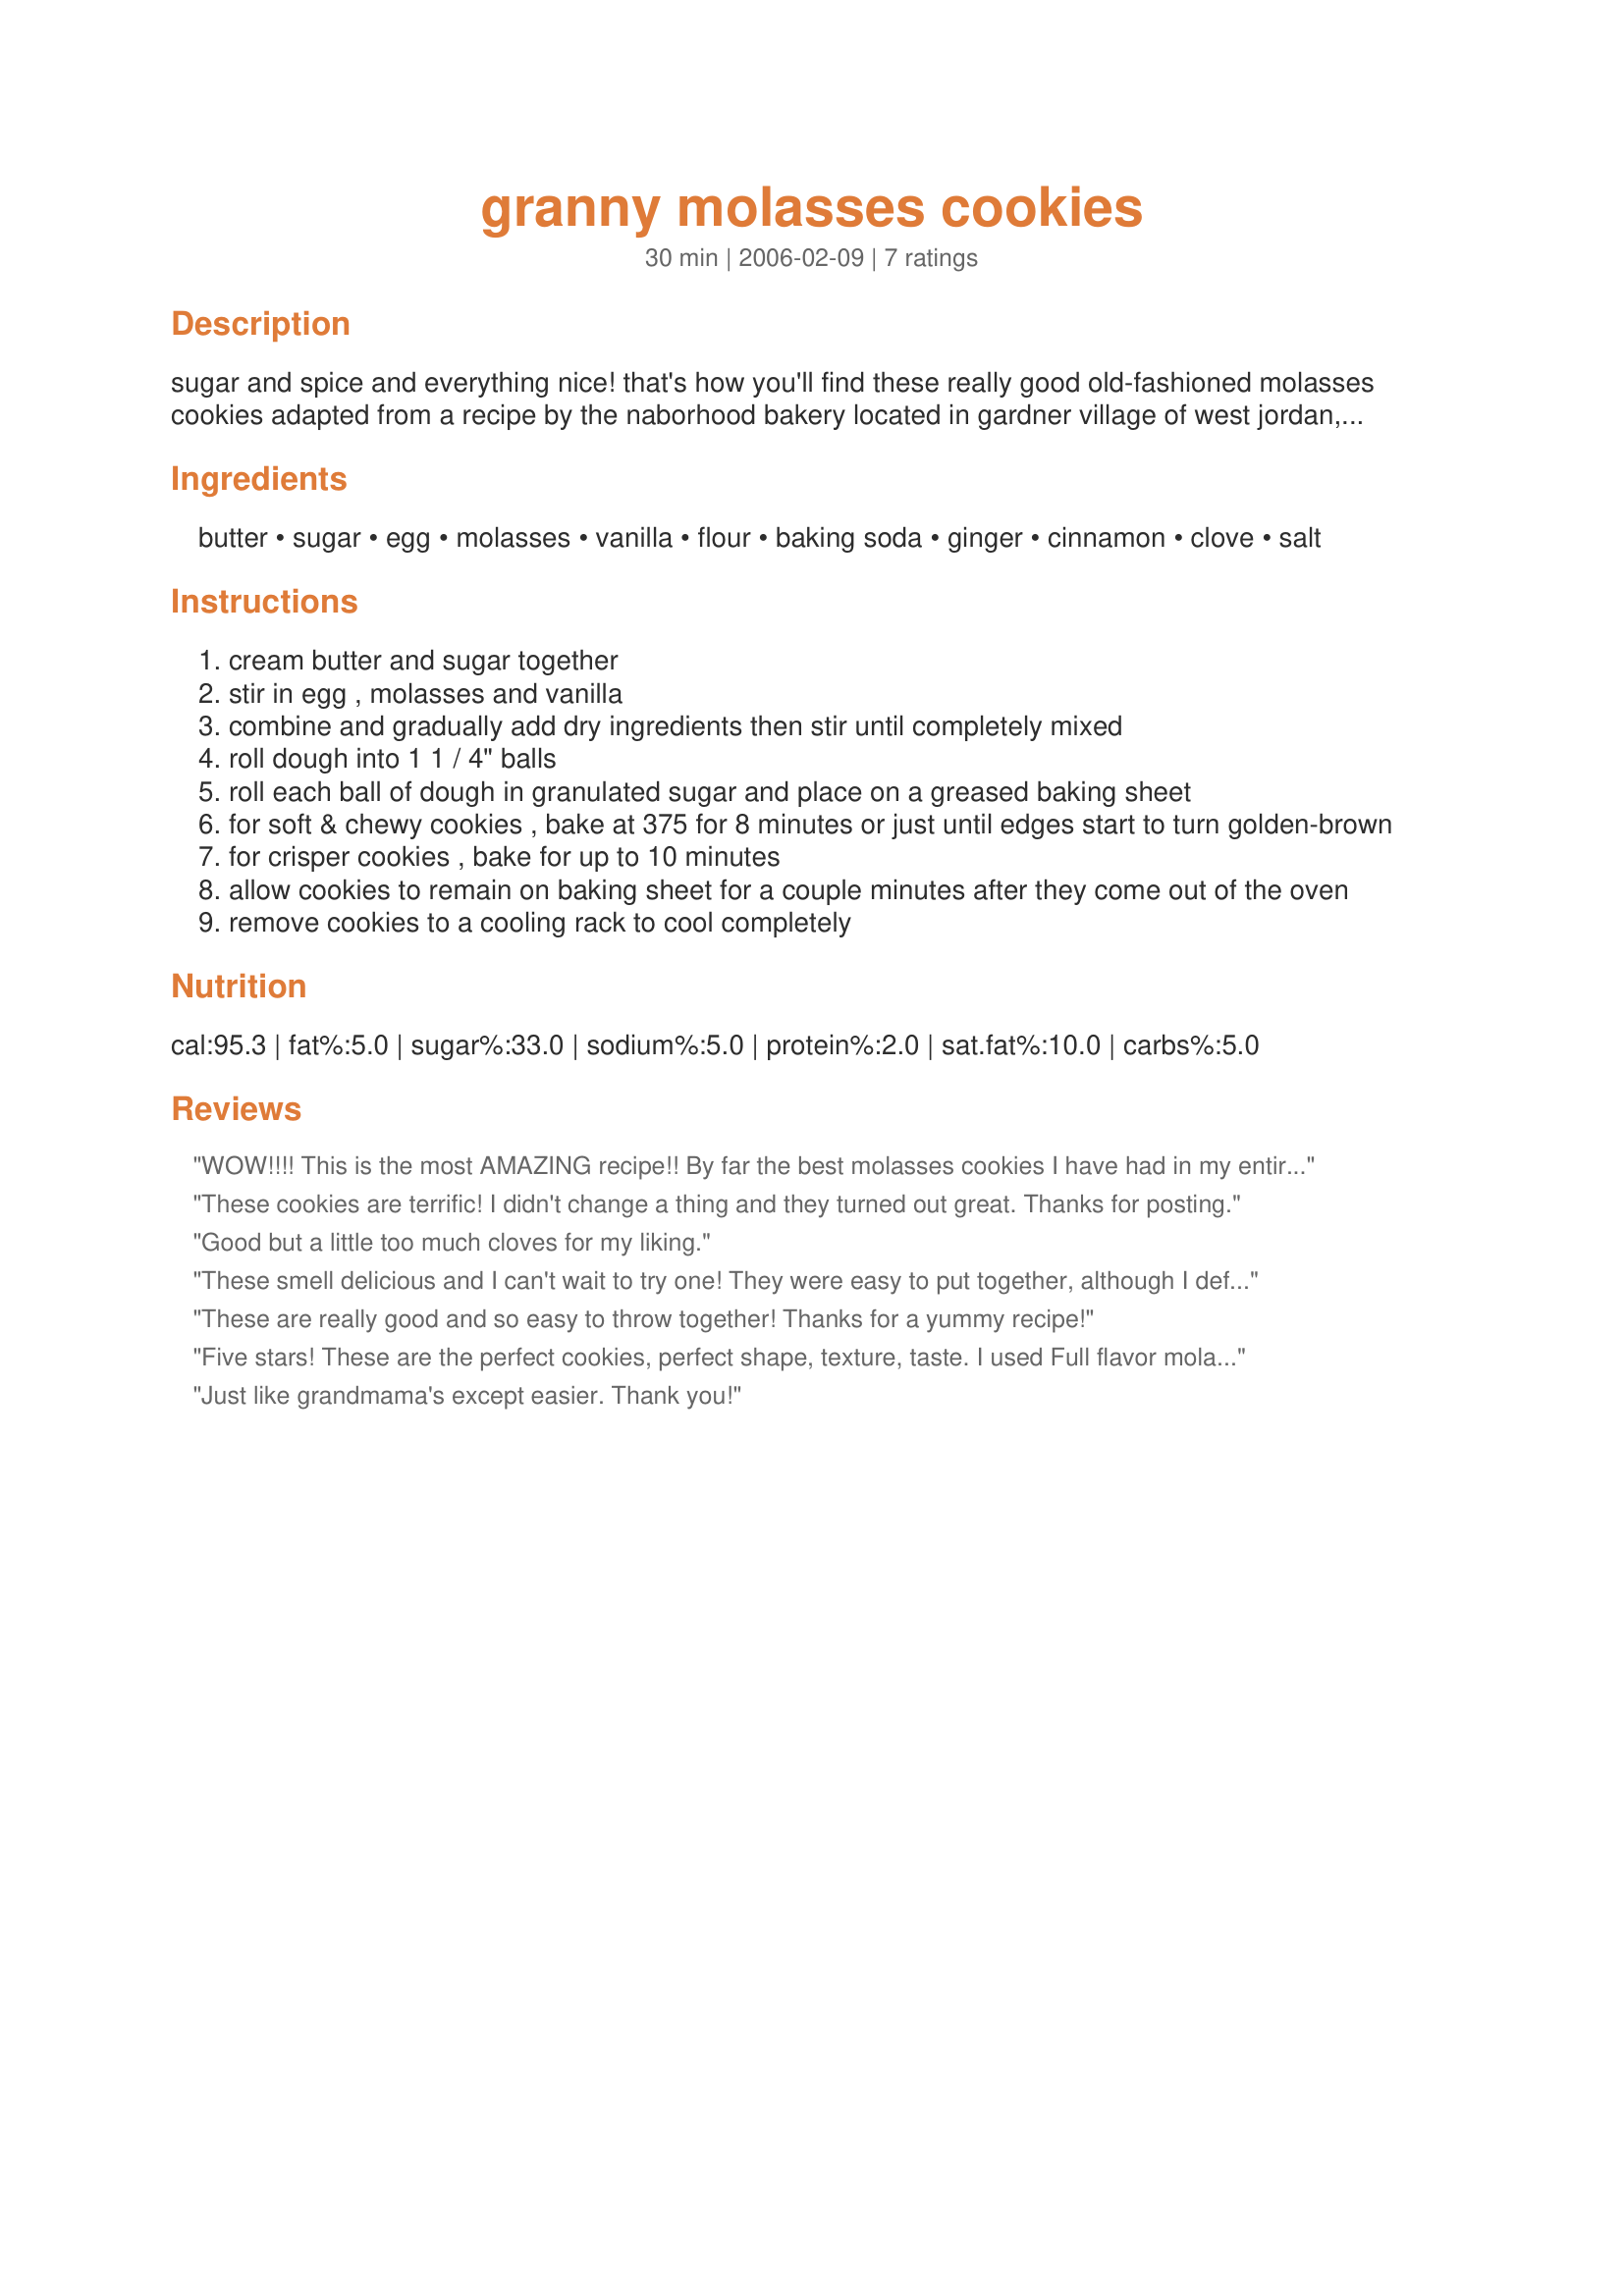
granny molasses cookies
Preparation time: 30 minutes

sugar and spice and everything nice! that's how you'll find these really good old-fashioned molasses cookies adapted from a recipe by the naborhood bakery located in gardner village of west jordan, utah

Ingredients:
butter, sugar, egg, molasses, vanilla, flour, baking soda, ginger, cinnamon, clove, salt

Steps:
cream butter and sugar together
stir in egg , molasses and vanilla
combine and gradually add dry ingredients then stir until completely mixed
roll dough into 1 1 / 4" balls
roll each ball of dough in granulated sugar and place on a greased baking sheet
for soft & chewy cookies , bake at 375 for 8 minutes or just until edges start to turn golden-brown
for crisper cookies , bake for up to 10 minutes
allow cookies to remain on baking sheet for a couple minutes after they come out of the oven
remove cookies to a cooling rack to cool completely

Reviews:
WOW!!!! This is the most AMAZING recipe!! By far the best molasses cookies I have had in my entire life! Thanks for a great recipee Deb!
These cookies are terrific! I didn't change a thing and they turned out great. Thanks for posting.
Good but a little too much cloves for my liking.
These smell delicious and I can't wait to try one! They were easy to put together, although I definitely didn't need to add any more flour to achieve the right consistency; I followed the recipe to a "t". I checked them right on the 8-minute mark, and they were just right (brown around the edges). Thanks so much!
These are really good and so easy to throw together! Thanks for a yummy recipe!
Five stars! These are the perfect cookies, perfect shape, texture, taste. I used Full flavor molasses and only made a half batch. I did the first tray for 8 minutes and the second for 10, I think I prefer the softer batch but I like both. It actually made the amount of cookies it says it makes too.
Just like grandmama's except easier. Thank you!
